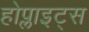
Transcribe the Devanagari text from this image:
होप्लाइट्स